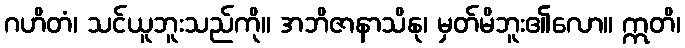
ဂဟိတံ၊ သင်ယူဘူးသည်ကို။ အဘိဇာနာသိနု၊ မှတ်မိဘူး၏လော။ ဣတိ၊